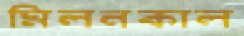
মিলনকাল